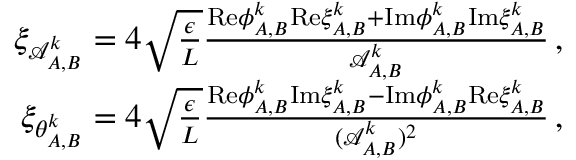
\begin{array} { r } { \xi _ { \mathcal { A } _ { A , B } ^ { k } } = 4 \sqrt { \frac { \epsilon } { L } } \frac { \mathrm { R e } { \phi } _ { A , B } ^ { k } \mathrm { R e } \xi _ { A , B } ^ { k } + \mathrm { I m } { \phi } _ { A , B } ^ { k } \mathrm { I m } \xi _ { A , B } ^ { k } } { \mathcal { A } _ { A , B } ^ { k } } \, , } \\ { \xi _ { \theta _ { A , B } ^ { k } } = 4 \sqrt { \frac { \epsilon } { L } } \frac { \mathrm { R e } { \phi } _ { A , B } ^ { k } \mathrm { I m } \xi _ { A , B } ^ { k } - \mathrm { I m } { \phi } _ { A , B } ^ { k } \mathrm { R e } \xi _ { A , B } ^ { k } } { ( \mathcal { A } _ { A , B } ^ { k } ) ^ { 2 } } \, , } \end{array}